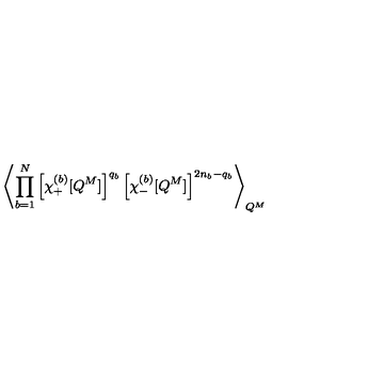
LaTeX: \left\langle \prod _ { b = 1 } ^ { N } \left[ \chi _ { + } ^ { ( b ) } [ Q ^ { M } ] \right] ^ { q _ { b } } \left[ \chi _ { - } ^ { ( b ) } [ Q ^ { M } ] \right] ^ { 2 n _ { b } - q _ { b } } \right\rangle _ { Q ^ { M } }